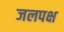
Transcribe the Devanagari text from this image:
जलपक्ष